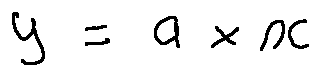
y = a \times x